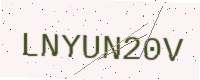
Text: LNYUN20V